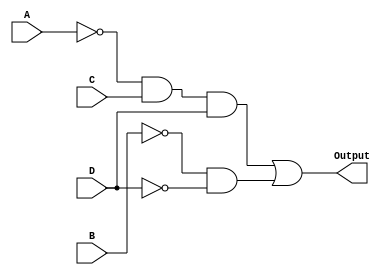
module kmap_4var(
    input wire A,  // Input variable A
    input wire B,  // Input variable B
    input wire C,  // Input variable C
    input wire D,  // Input variable D
    output wire Output // Output of the combinational logic block
);

// Implementing the final output expression based on the K-map simplifications
assign Output = (~A & C & D) | (~B & ~D);

endmodule